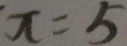
x = 5